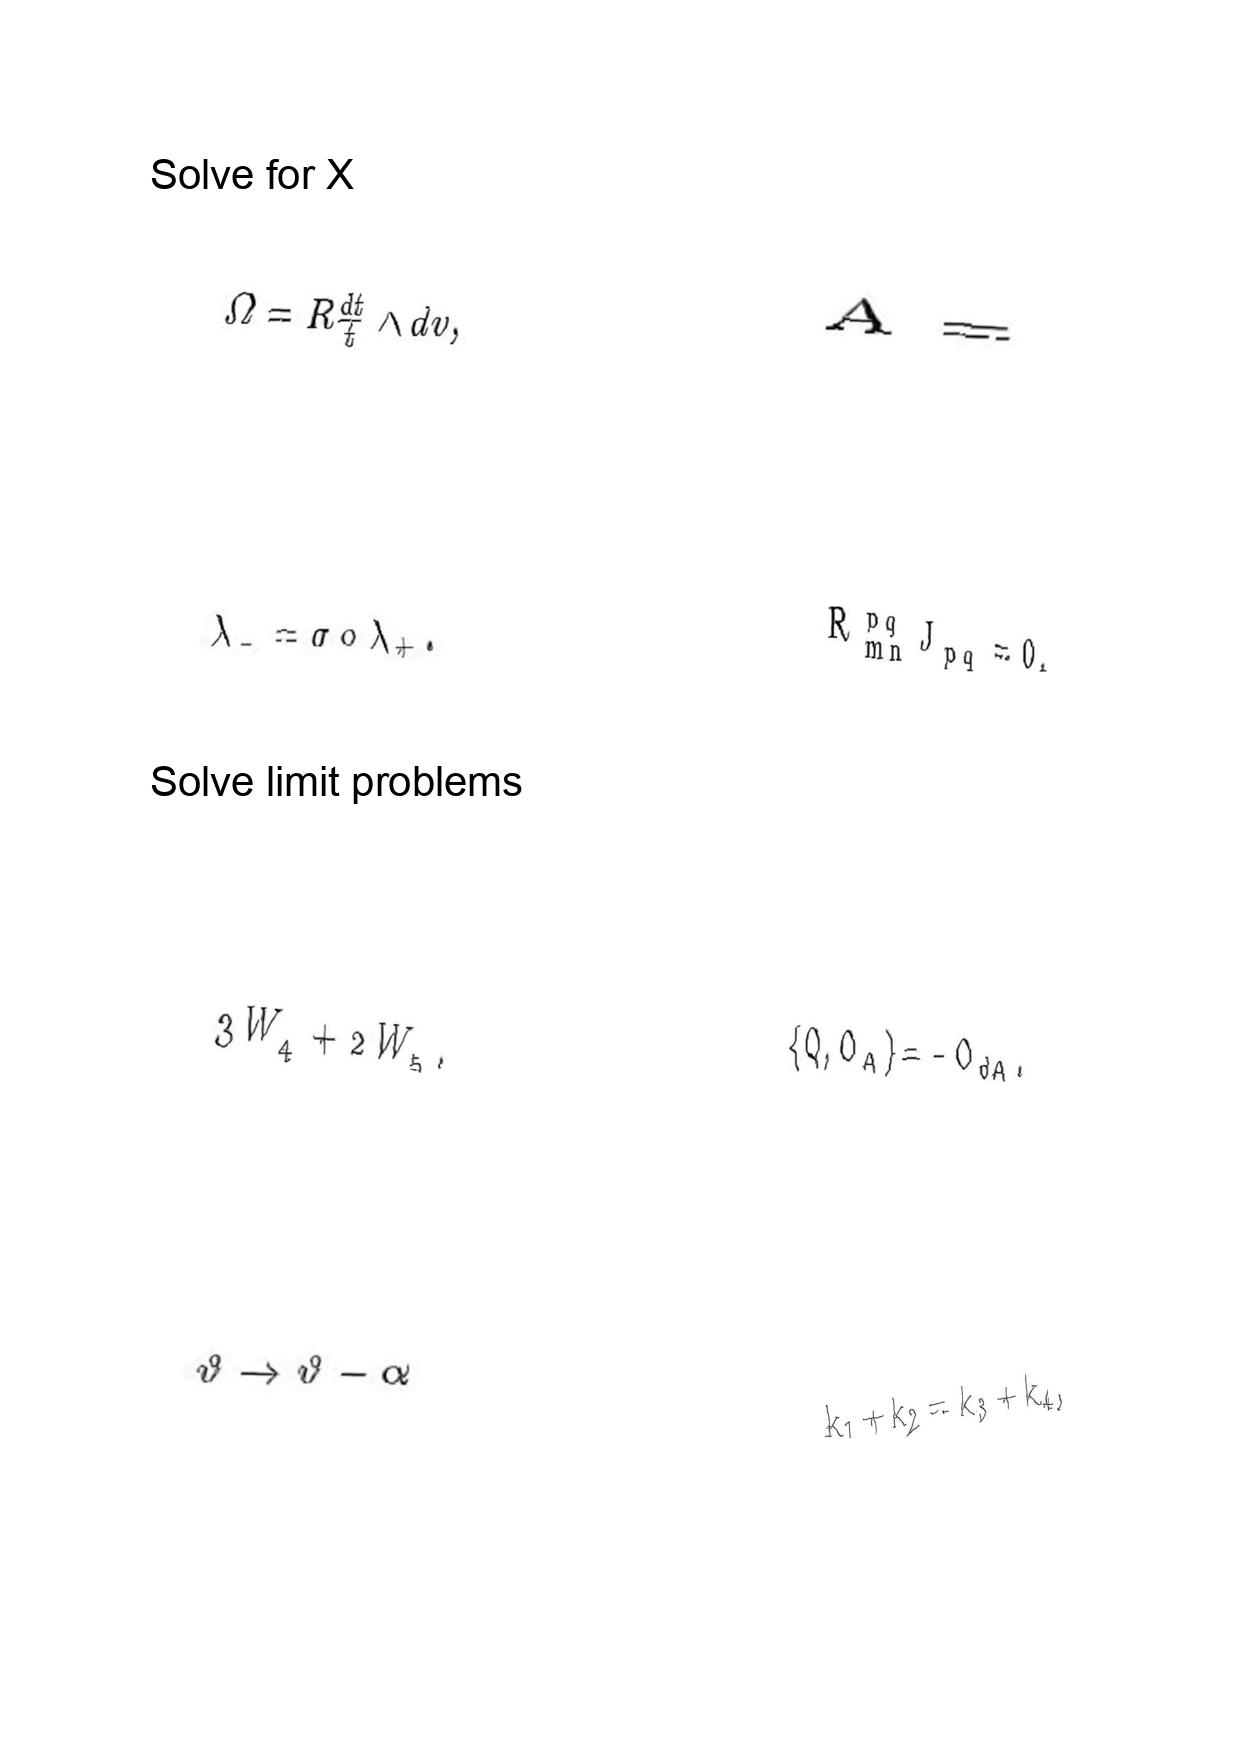
LaTeX transcription:
\Omega = R \frac { d t } { t } \wedge d v ,
\lambda _ { - } = \sigma \circ \lambda _ { + } .
3 W _ { 4 } + 2 W _ { 5 } .
\vartheta \rightarrow \vartheta - \alpha
A =
\tilde { R } _ { m n } ^ { p q } J _ { p q } = 0 ,
\lbrace Q , O _ { A } \rbrace = - O _ { d A } .
k _ { 1 } + k _ { 2 } = k _ { 3 } + k _ { 4 } ,